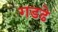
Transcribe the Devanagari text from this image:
गडढे